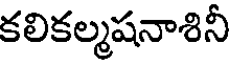
కలికల్మషనాశినీ